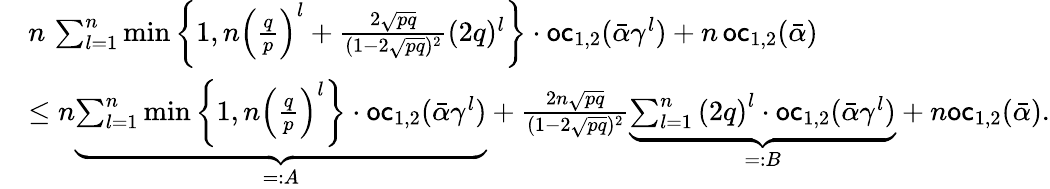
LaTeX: \begin{array}{rl}&{n\, \sum_{l=1}^{n}\operatorname*{min}\left\{ 1,n\left(\frac{q}{p}\right)^{l}+\frac{2\sqrt{pq}}{(1-2\sqrt{pq})^{2}}(2q)^{l}\right\} \cdot\mathsf{oc}_{1,2}(\bar{\alpha}\gamma^{l})+n\, \mathsf{oc}_{1,2}(\bar{\alpha})}\\ &{\leq n\underbrace{\sum_{l=1}^{n}\operatorname*{min}\left\{ 1,n\left(\frac{q}{p}\right)^{l}\right\} \cdot\mathsf{oc}_{1,2}(\bar{\alpha}\gamma^{l})}_{=:A}+\frac{2n\sqrt{pq}}{(1-2\sqrt{pq})^{2}}\underbrace{\sum_{l=1}^{n}\left(2q\right)^{l}\cdot\mathsf{oc}_{1,2}(\bar{\alpha}\gamma^{l})}_{=:B}+n\mathsf{oc}_{1,2}(\bar{\alpha}).}\end{array}